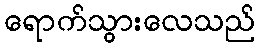
ရောက်သွားလေသည်